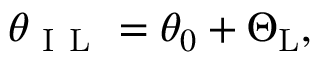
\theta _ { \mathrm { ~ I ~ L ~ } } = \theta _ { 0 } + \Theta _ { \mathrm { { L } } } ,